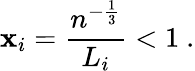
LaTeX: \mathbf{x}_{i}=\frac{{n^{-\frac{{1}}{{3}}}}}{{L_{i}}}<1\ .